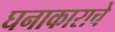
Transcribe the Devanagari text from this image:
घनाकाराचे